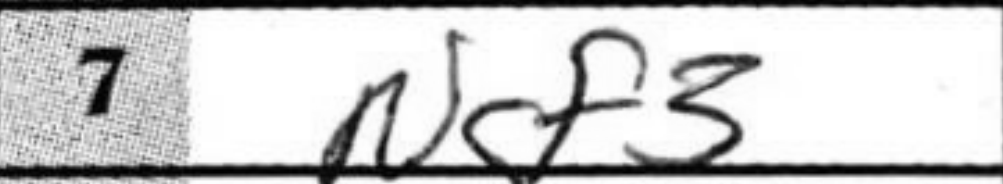
Transcription: Ngf3